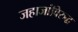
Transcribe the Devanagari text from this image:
जहाजांविरुद्ध